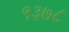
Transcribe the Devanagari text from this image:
९३७८